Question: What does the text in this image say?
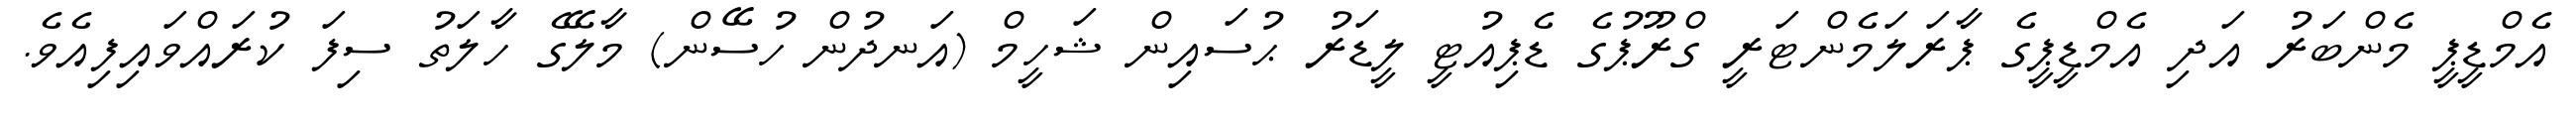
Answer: އެމްޑީޕީ މެންބަރު އަދި އެމްޑީޕީގެ ޕާރަލަމެންޓަރީ ގްރޫޕުގެ ޑެޕިއުޓީ ލީޑަރު ޙުސައިން ޝަހީމް (އަނދުން ހުސޭން) މާލޭގެ ހާލަތު ސިފަ ކުރައްވައިފިއެވެ.